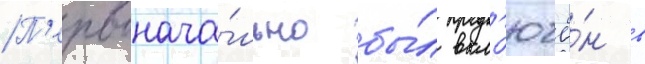
П'ервонача́льно бы́л вкл'ючё́н в